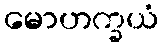
မောဟက္ခယံ